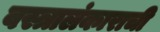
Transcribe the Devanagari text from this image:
वस्त्रालंकाराची